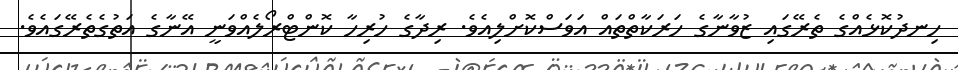
ހިނދުކޮޅެއްގެ ތެރޭގައި ޒުވާނާގެ ހަރަކާތްތައް އަވަސްކޮށްލިއެވެ. ރިދާގެ ހުރިހާ ކޮންޓްރޯލެއްވަނީ އޭނާގެ އަތުގެތެރޭގައެވެ.